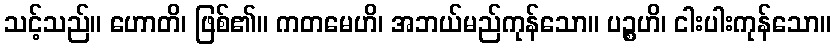
သင့်သည်။ ဟောတိ၊ ဖြစ်၏။ ကတမေဟိ၊ အဘယ်မည်ကုန်သော။ ပဉ္စဟိ၊ ငါးပါးကုန်သော။